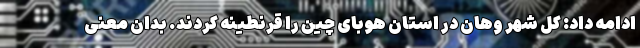
ادامه داد: کل شهر وهان در استان هوبای چین را قرنطینه کردند. بدان معنی